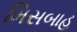
મિસબાહ